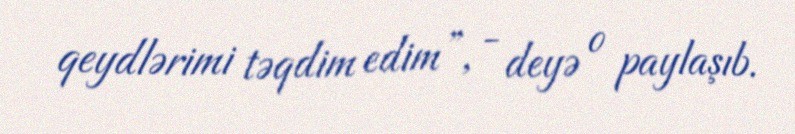
qeydlərimi təqdim edim”, - deyə o paylaşıb.